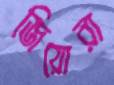
জিয়োরা